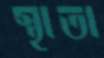
স্থাতা